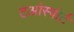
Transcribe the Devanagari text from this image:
टआंस्पोर्ट